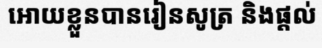
អោយខ្លួនបានរៀនសូត្រ និងផ្តល់